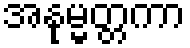
အနုမ္မတ္တကာ